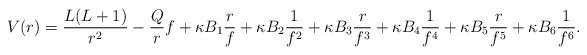
LaTeX: \begin{align*} V(r) = \frac{L(L+1)}{r^2} - \frac{Q}{r} f + \kappa B_1 \frac{r}{f} + \kappa B_2 \frac{1}{f^2} + \kappa B_3 \frac{r}{f^3} + \kappa B_4 \frac{1}{f^4} + \kappa B_5 \frac{r}{f^5} + \kappa B_6 \frac{1}{f^6}. \end{align*}